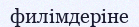
филімдеріне